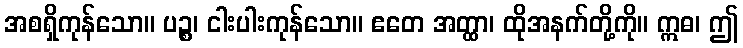
အစရှိကုန်သော။ ပဉ္စ၊ ငါးပါးကုန်သော။ ဧတေ အတ္ထာ၊ ထိုအနက်တို့ကို။ ဣဓ၊ ဤ